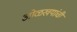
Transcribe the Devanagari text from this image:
ओळखयांची